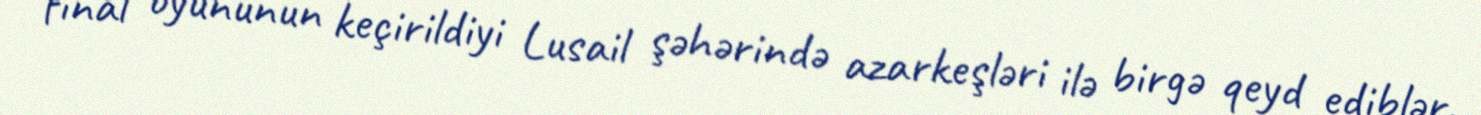
final oyununun keçirildiyi Lusail şəhərində azarkeşləri ilə birgə qeyd ediblər.